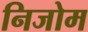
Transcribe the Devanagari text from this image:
निजोम